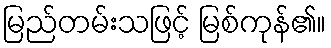
မြည်တမ်းသဖြင့် မြစ်ကုန်၏။